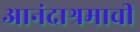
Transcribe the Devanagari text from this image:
आनंदाश्रमाची